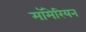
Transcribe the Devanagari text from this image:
मॉमेरियन